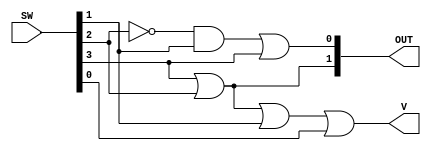
`timescale 1ns / 1ps

module Priority_Encoder(
input [3:0] SW,
output [1:0] OUT,
output V    );

wire SW2not,LEDo2;
wire [2:0] LED;

assign OUT[1:0] = LED[1:0];
assign V = LED[2];

//LED0 o0
not(SW2not,SW[2]);
and(LEDo2,SW2not,SW[1]);
or(LED[0],LEDo2, SW[3]); 
//LED1 o1
or(LED[1], SW[3], SW[2]);
//(V)
or(LED[2],SW[3],SW[2],SW[1],SW[0]);
endmodule